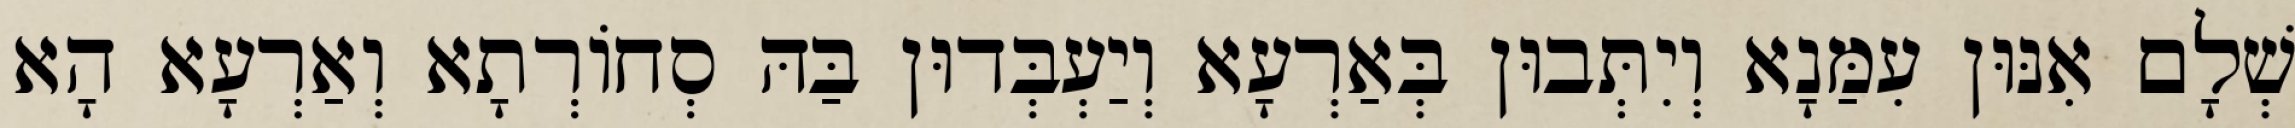
שְׁלָם אִנּוּן עִמַּנָא וְיִתְּבוּן בְּאַרְעָא וְיַעְבְּדוּן בַּהּ סְחוֹרְתָא וְאַרְעָא הָא